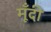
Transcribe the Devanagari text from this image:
मूँदी